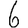
Digit: 6